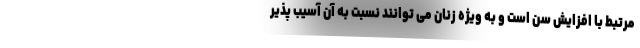
مرتبط با افزایش سن است و به ویژه زنان می توانند نسبت به آن آسیب پذیر